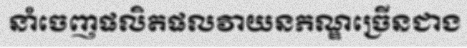
នាំចេញផលិតផលវាយនភណ្ឌច្រើនជាង